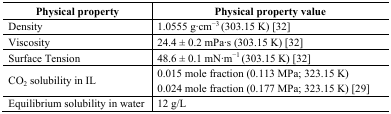
<table><thead><tr><td><b>Physical property</b></td><td><b>Physical property value</b></td></tr></thead><tbody><tr><td>Density</td><td>1.0555 g∙cm<sup>−3</sup> (303.15 K) [32]</td></tr><tr><td>Viscosity</td><td>24.4 ± 0.2 mPa∙s (303.15 K) [32]</td></tr><tr><td>Surface Tension</td><td>48.6 ± 0.1 mN∙m<sup>−1</sup> (303.15 K) [32]</td></tr><tr><td>CO<sub>2</sub> solubility in IL</td><td>0.015 mole fraction (0.113 MPa; 323.15 K)0.024 mole fraction (0.177 MPa; 323.15 K) [29]</td></tr><tr><td>Equilibrium solubility in water</td><td>12 g/L</td></tr></tbody></table>